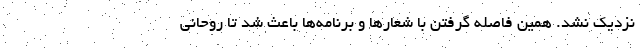
نزدیک نشد. همین فاصله گرفتن با شعارها و برنامه‌ها باعث شد تا روحانی